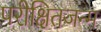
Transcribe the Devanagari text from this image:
परीक्षितजन्म